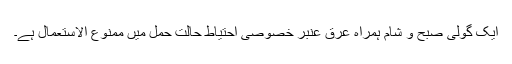
ایک گولی صبح و شام ہمراہ عرق عنبر خصوصی احتیاط حالتِ حمل میں ممنوع الاستعمال ہے۔